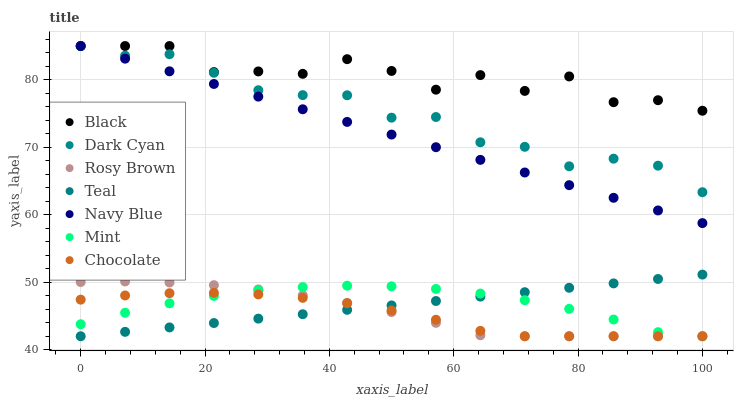
| xaxis_label | Black | Dark Cyan | Rosy Brown | Teal | Navy Blue | Mint | Chocolate |
 | --- | --- | --- | --- | --- | --- | --- | --- |
 | 0 | 85 | 85 | 50 | 42 | 85 | 43.8 | 47.4 |
 | 7.14 | 85 | 83.6 | 50.1 | 42.7 | 83.1 | 45.5 | 48 |
 | 14.3 | 85 | 83.8 | 50 | 43.3 | 81.3 | 46.9 | 48.4 |
 | 21.4 | 81.1 | 81 | 49.6 | 44 | 79.4 | 48 | 48.4 |
 | 28.6 | 81.2 | 78.4 | 48.9 | 44.6 | 77.5 | 48.8 | 48.2 |
 | 35.7 | 80.9 | 77.7 | 48.1 | 45.3 | 75.6 | 49.3 | 47.7 |
 | 42.9 | 83.1 | 77.7 | 46.9 | 45.9 | 73.8 | 49.5 | 46.9 |
 | 50 | 81.3 | 74.4 | 45.6 | 46.6 | 71.9 | 49.4 | 45.8 |
 | 57.1 | 78.5 | 74.5 | 44 | 47.2 | 70 | 49 | 44.4 |
 | 64.3 | 80.7 | 70.7 | 42.1 | 47.9 | 68.1 | 48.3 | 42.8 |
 | 71.4 | 78.3 | 70.1 | 42 | 48.5 | 66.3 | 47.3 | 42 |
 | 78.6 | 80.5 | 67.2 | 42 | 49.2 | 64.4 | 46.1 | 42 |
 | 85.7 | 76.7 | 68.3 | 42 | 49.8 | 62.5 | 44.5 | 42 |
 | 92.9 | 77 | 67.3 | 42 | 50.5 | 60.6 | 42.6 | 42 |
 | 100 | 75.4 | 63.3 | 42 | 51.1 | 58.8 | 42 | 42 |